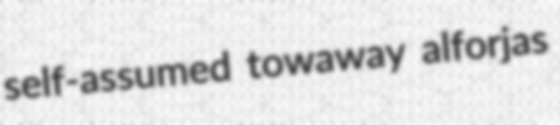
self-assumed towaway alforjas